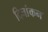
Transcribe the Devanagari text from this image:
दिनांकन